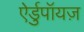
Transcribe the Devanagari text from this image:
ऐर्डुपॉयज़